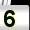
Digit: 5